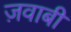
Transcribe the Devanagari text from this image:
ज़वाबी